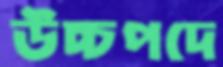
উচ্চপদে